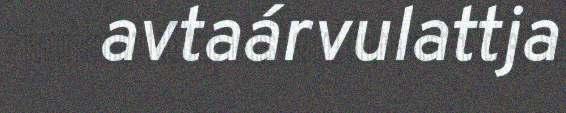
avtaárvulattja